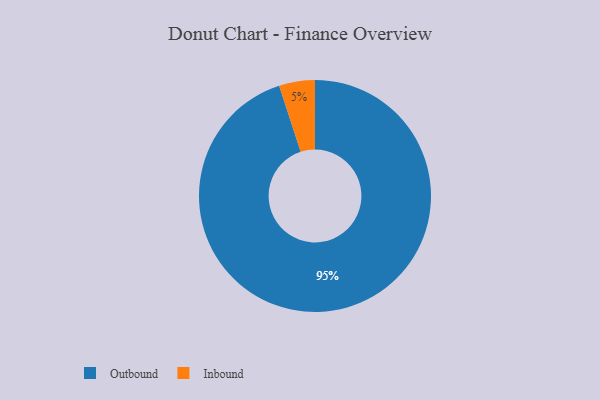
{"axis": {"x": "Category", "y": "Percentage"}, "legend": ["Inbound", "Outbound"], "data": [{"x": "Inbound", "y": 5, "type": "Inbound"}, {"x": "Outbound", "y": 95, "type": "Outbound"}]}